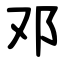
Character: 邓